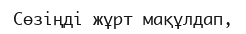
Сөзіңді жұрт мақұлдап,